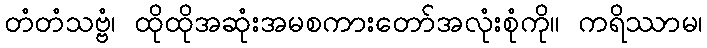
တံတံသဗ္ဗံ၊ ထိုထိုအဆုံးအမစကားတော်အလုံးစုံကို။ ကရိဿာမ၊